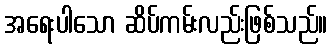
အရေးပါသော ဆိပ်ကမ်းလည်းဖြစ်သည်။